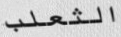
الثعلب